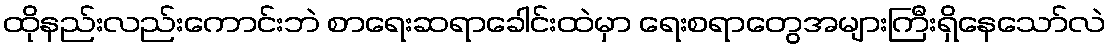
ထိုနည်းလည်းကောင်းဘဲ စာရေးဆရာခေါင်းထဲမှာ ရေးစရာတွေအများကြီးရှိနေသော်လဲ